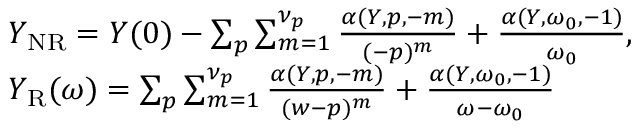
\begin{array} { r } { \begin{array} { r l } & { Y _ { \mathrm { N R } } = Y ( 0 ) - \sum _ { p } \sum _ { m = 1 } ^ { \nu _ { p } } \frac { \alpha ( Y , p , - m ) } { ( - p ) ^ { m } } + \frac { \alpha ( Y , \omega _ { 0 } , - 1 ) } { \omega _ { 0 } } , } \\ & { Y _ { \mathrm { R } } ( \omega ) = \sum _ { p } \sum _ { m = 1 } ^ { \nu _ { p } } \frac { \alpha ( Y , p , - m ) } { ( w - p ) ^ { m } } + \frac { \alpha ( Y , \omega _ { 0 } , - 1 ) } { \omega - \omega _ { 0 } } } \end{array} } \end{array}